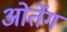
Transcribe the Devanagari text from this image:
ओर्तेग